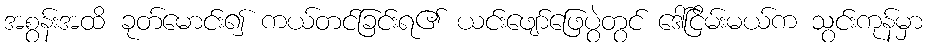
အစွန်းအထိ ခုတ်မောင်း၍ ကယ်တင်ခြင်းရ၏ ယင်းဖျော်ဖြေပွဲတွင် ဒေါ်ငြိမ်းမယ်က သွင်းကုန်မှာ